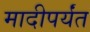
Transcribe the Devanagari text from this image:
मादीपर्यंत